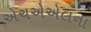
એચએએલના